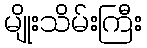
မျိုးသိမ်းကြီး